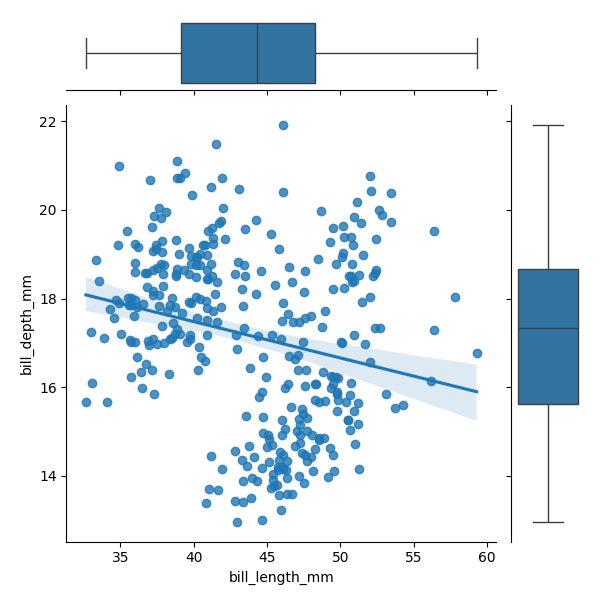
python, seaborn, JointGrid, regplot, boxplot